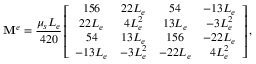
\mathbf { M } ^ { e } = \frac { \mu _ { s } L _ { e } } { 4 2 0 } \left[ \begin{array} { c c c c } { 1 5 6 } & { 2 2 L _ { e } } & { 5 4 } & { - 1 3 L _ { e } } \\ { 2 2 L _ { e } } & { 4 L _ { e } ^ { 2 } } & { 1 3 L _ { e } } & { - 3 L _ { e } ^ { 2 } } \\ { 5 4 } & { 1 3 L _ { e } } & { 1 5 6 } & { - 2 2 L _ { e } } \\ { - 1 3 L _ { e } } & { - 3 L _ { e } ^ { 2 } } & { - 2 2 L _ { e } } & { 4 L _ { e } ^ { 2 } } \end{array} \right] ,